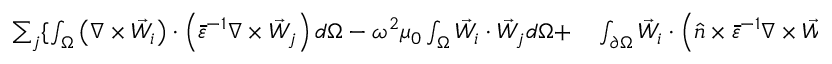
\begin{array} { r l } { \sum _ { j } \{ \int _ { \Omega } \left( \nabla \times \vec { W } _ { i } \right) \cdot \left( \bar { \bar { \varepsilon } } ^ { - 1 } \nabla \times \vec { W } _ { j } \right) d \Omega - \omega ^ { 2 } \mu _ { 0 } \int _ { \Omega } \vec { W } _ { i } \cdot \vec { W } _ { j } d \Omega + } & { { } \int _ { \partial \Omega } \vec { W } _ { i } \cdot \left( \hat { n } \times \bar { \bar { \varepsilon } } ^ { - 1 } \nabla \times \vec { W } _ { j } \right) d \Gamma \} H _ { j } } \end{array}